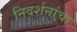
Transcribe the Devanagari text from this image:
निदर्शनांचा